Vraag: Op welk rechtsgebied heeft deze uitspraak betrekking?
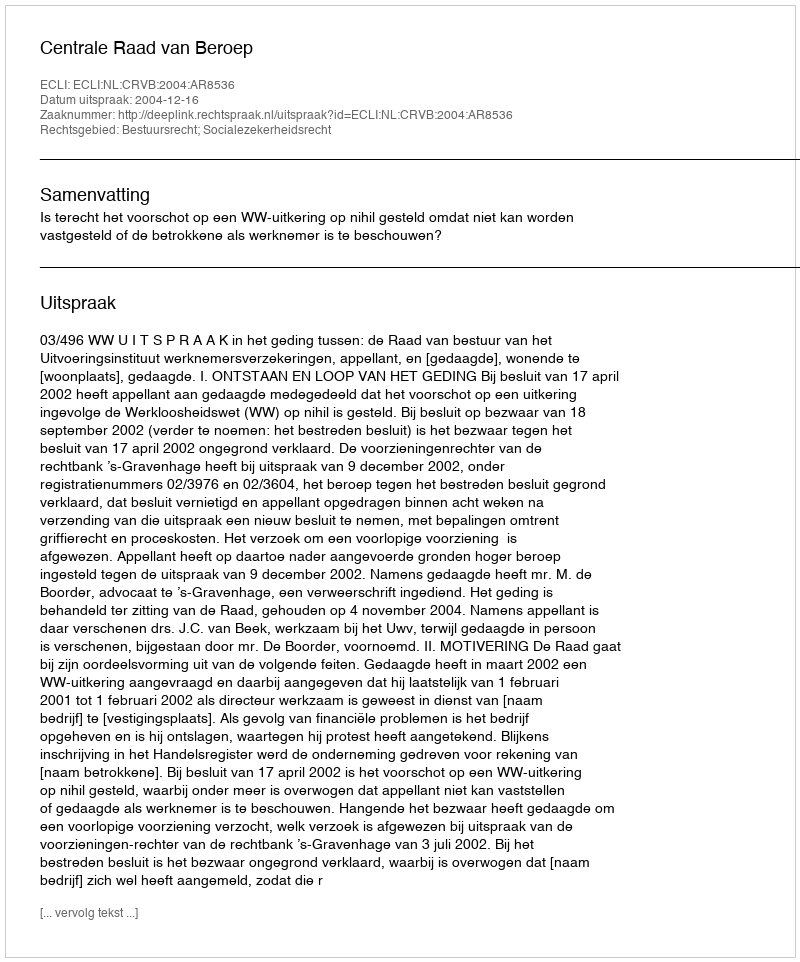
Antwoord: Bestuursrecht; Socialezekerheidsrecht